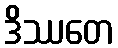
ဒိဿတေ